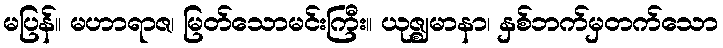
မပြန်။ မဟာရာဇ၊ မြတ်သောမင်းကြီး။ ယုဇ္ဈမာနာ၊ နှစ်ဘက်မှတက်သော